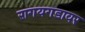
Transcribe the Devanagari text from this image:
रागयगडावर